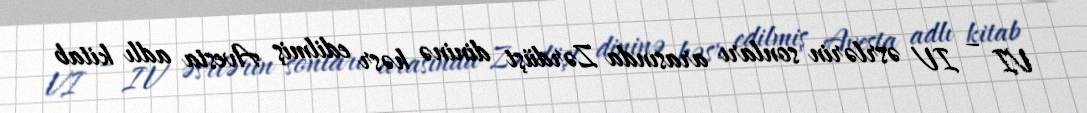
VI – IV əsrlərin sonları arasında Zərdüşt dininə həsr edilmiş Avesta adlı kitab